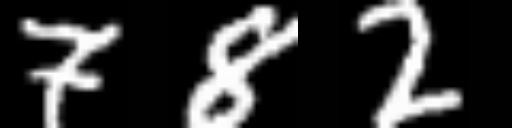
Text: 782